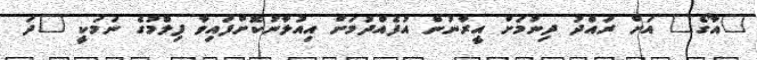
"އާގޯ" އަށް ރައްދު ދިނުމަށް އީރާނުން އުފެއްދުމަށް އިއުލާނުކޮށްފައިވާ ފިލްމުގެ ނަމަކީ "ދަ